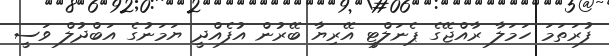
ފުރަތަމަ ހަމަލާ ރާއްޖޭގެ ޕެނަލްޓީ އޭރިޔާ ބޭރުން އުފެއްދީ ޔަމަނުގެ އަބްދުލް ވަސީ